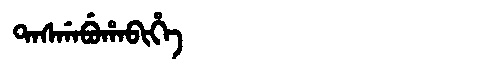
Manchu: ᡨᠠᠰᡤᠠᠪᡠᡥᠠᠪᡳᡥᡝ
Romanization: TASGABUHABIHE